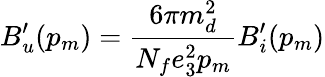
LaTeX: B_{u}^{\prime}(p_{m})=\frac{6\pi m_{d}^{2}}{N_{f}e_{3}^{2}p_{m}}B_{i}^{\prime}(p_{m})